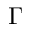
\Gamma